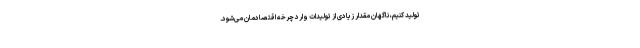
تولید کنیم، ناگهان مقدار زیادی از تولیدات وارد چرخه اقتصادمان می‌شود.